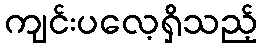
ကျင်းပလေ့ရှိသည့်